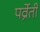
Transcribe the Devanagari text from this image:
पर्व्रेती